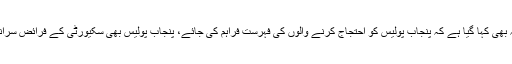
نوٹس میں یہ بھی کہا گیا ہے کہ پنجاب پولیس کو احتجاج کرنے والوں کی فہرست فراہم کی جائے، پنجاب پولیس بھی سکیورٹی کے فرائض سرانجام دے گی۔